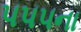
૫૫૫ના